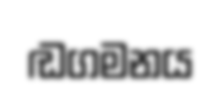
ඬගමනය